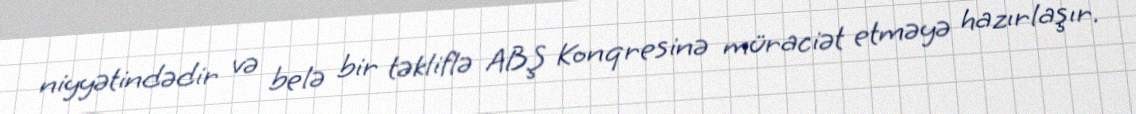
niyyətindədir və belə bir təkliflə ABŞ Konqresinə müraciət etməyə hazırlaşır.